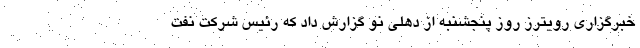
خبرگزاری رویترز روز پنجشنبه از دهلی نو گزارش داد که رئیس شرکت نفت